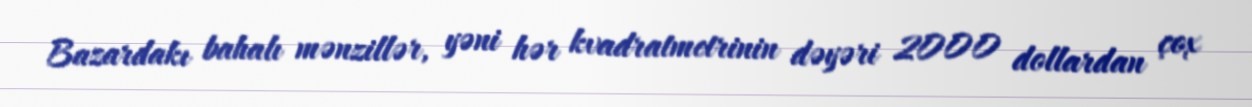
Bazardakı bahalı mənzillər, yəni hər kvadratmetrinin dəyəri 2000 dollardan çox